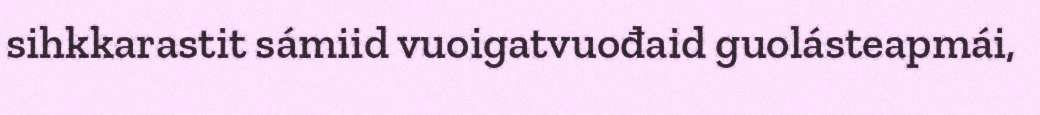
sihkkarastit sámiid vuoigatvuođaid guolásteapmái,